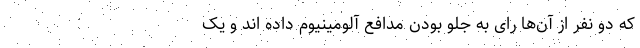
که دو نفر از آن‌ها رای به جلو بودن مدافع آلومینیوم داده اند و یک